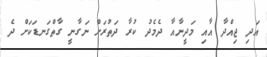
އަދި ޖިއްދާ އާއި މަދީނާއާ ދެމެދު ކުރާ ދަތުރަށް ނަގާނީ ގާތްގަނޑަކަށް ދެ